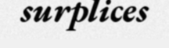
surplices